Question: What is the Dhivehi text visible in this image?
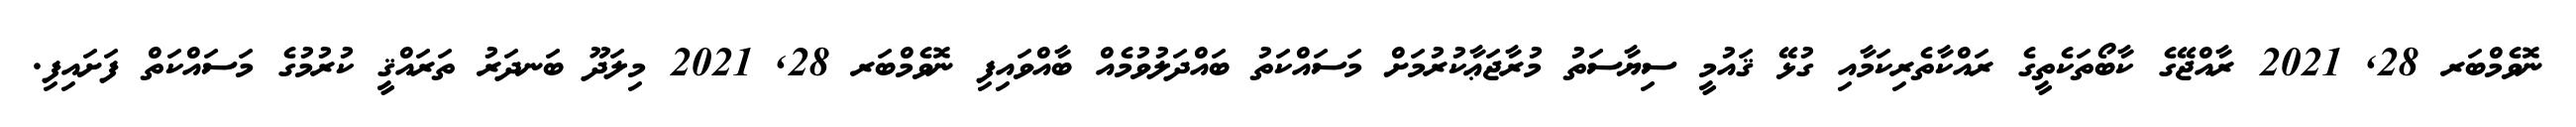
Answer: ނޮވެމްބަރ 28, 2021 ރާއްޖޭގެ ކާބޯތަކެތީގެ ރައްކާތެރިކަމާއި ގުޅޭ ޤައުމީ ސިޔާސަތު މުރާޖަޢާކުރުމަށް މަސައްކަތު ބައްދަލުވުމެއް ބާއްވައިފި ނޮވެމްބަރ 28, 2021 މިލަދޫ ބަނދަރު ތަރައްޤީ ކުރުމުގެ މަސައްކަތް ފަށައިފި.